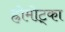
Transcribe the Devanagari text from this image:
ह्रोमोट्का